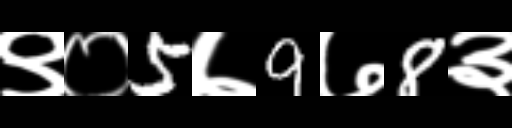
Text: ९०5७9७8३